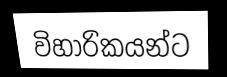
විහාරිකයන්ට